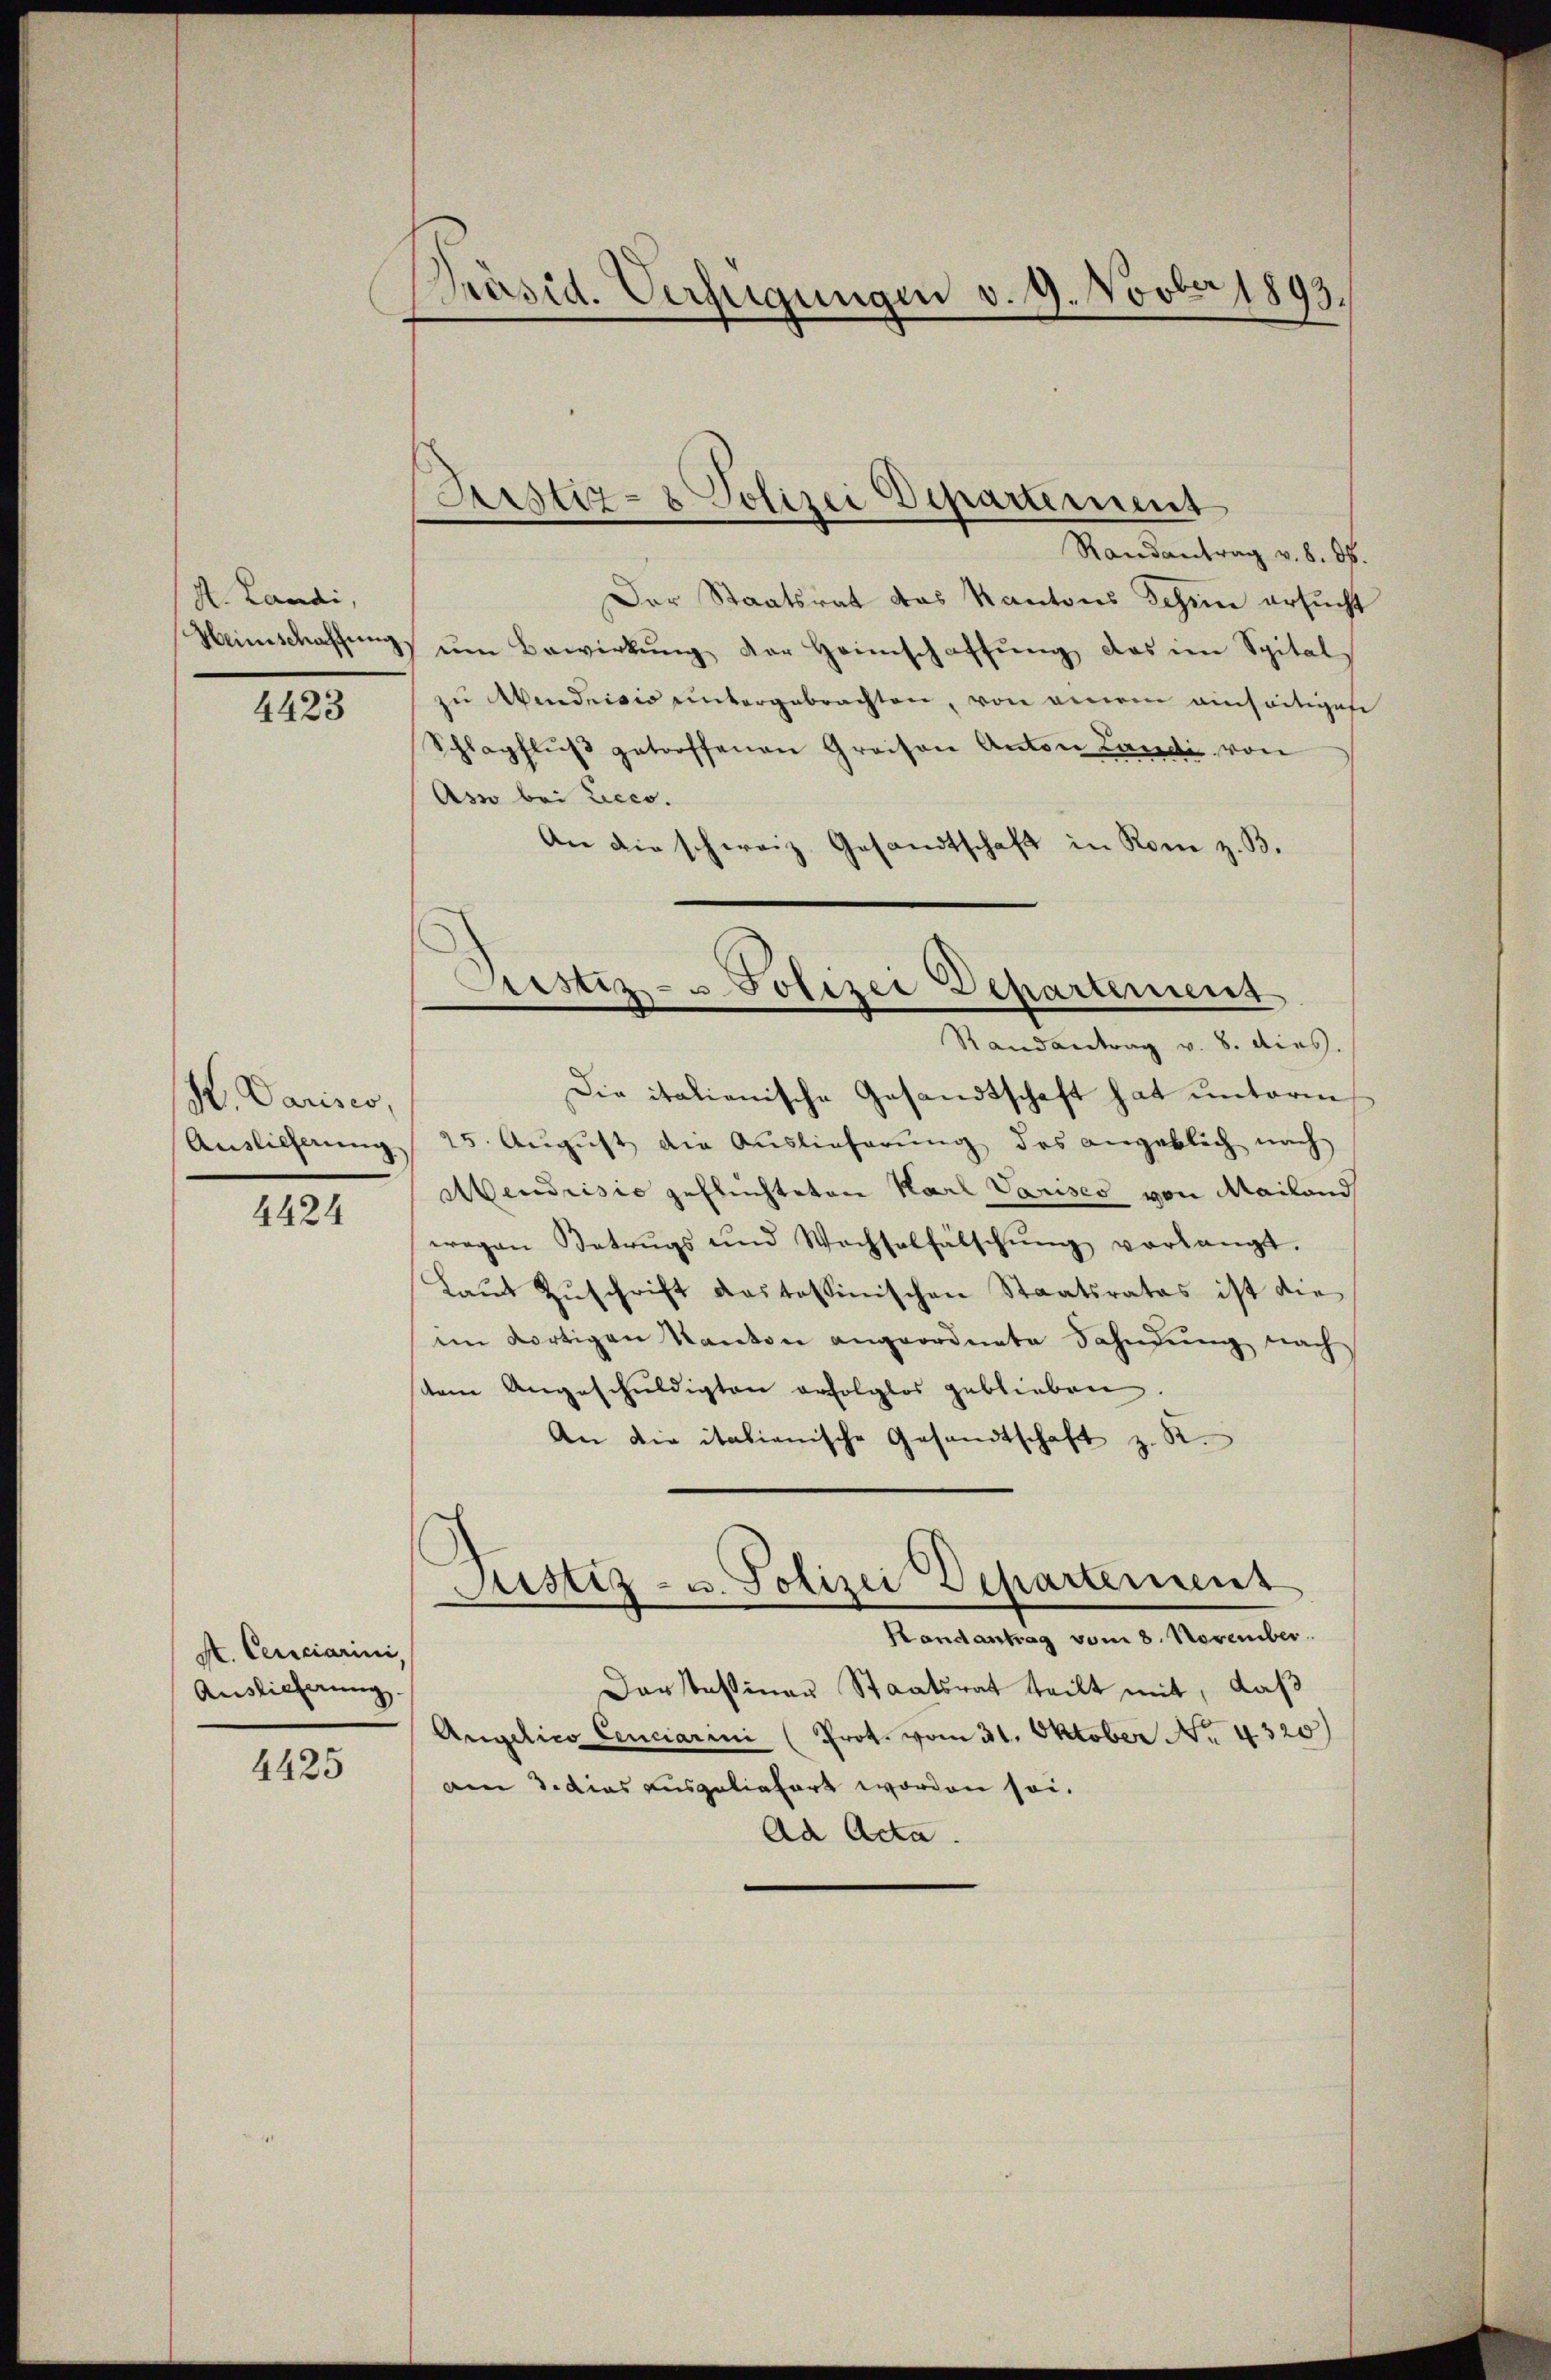
A. Landi,

4423

H. Parises,
Auslieferung
4424

Mt. Cerciarini,
Auslieferung

4425

PPräsid. Verfügungen v. 9. Novber 1893.

Sistiz- & Polizei Departement

Randantrag v. 8. ds.
Der Staatsrat das Kantons Schem ersucht
Neimschaffŭng ŭm Bewirkung der Heimschaffung, das im Spitalzu Windrisio untergebrachten, von einem einseitigen
Schlagflŭβ getroffenen Greisen Anton Landi von
Ass bei Licco.
An die schweiz. Gesandtschaft in Rom z. B.

Justiz- u Polizei Departement
Randantrag v. 8. dies.

e
Justiz- u. Polizei Departement
Handantrag vom 8. November.

Darstessiner Staatsrat teilt mit, daß
Angelico Cenciarini (Prot. vom 31. Oktober No. 4320)
am 3. dies ausgeliefert worden sei.
Ad Acta.

Die italienische Gesandtschaft hat unterm
25. August die Auslieferung des angeblich nach
Aendrisie gefluchteten Karl Varises von Mailand
wegen Betrugs und Wachselfälschŭng vorlangt.
Laŭt Zŭschrift destossinischen Staatsrates ist die
im dortigen Kanton angeordnete Fahndŭng nach
stem Angeschŭldigten erfolglos geblieben.
An die italienische Gesandtschaft z. R.